Indian journal of veterinary science and animal husbandry - Volume 9,
Year: 1939
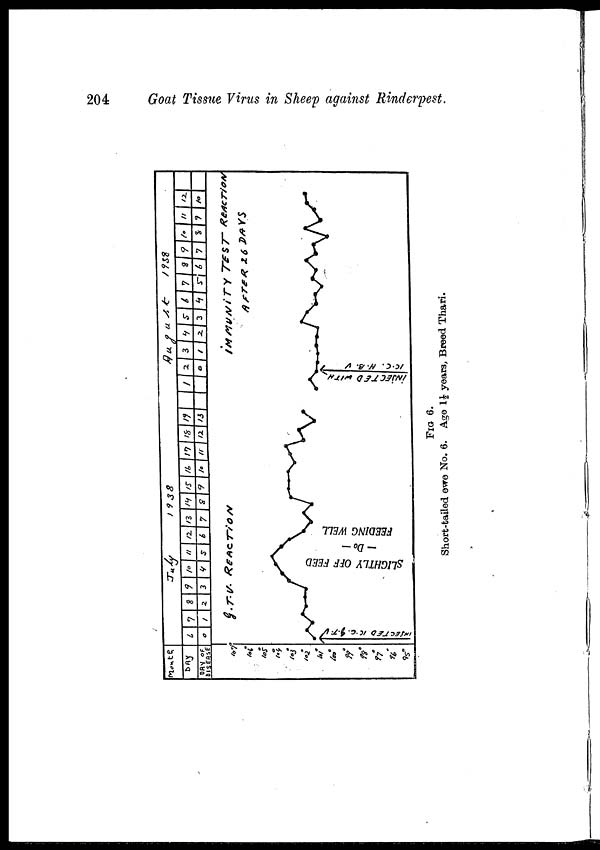
204
Goat Tissue Virus in Sheep against Rinderpest.
FIG. 6.
Short-tailed ewe No. 6. Age 1½ years, Breed Thari.